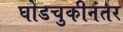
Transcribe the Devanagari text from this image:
घोडचुकीनंतर